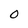
Character: 0